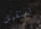
تستقيل